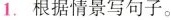
1.根据情景写句子。